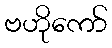
ဗဟိုကော်